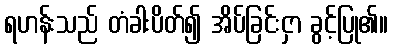
ရဟန်းသည် တံခါးပိတ်၍ အိပ်ခြင်းငှာ ခွင့်ပြု၏။